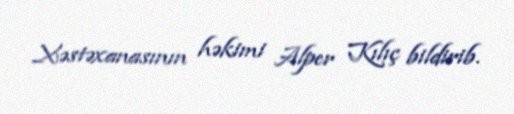
Xəstəxanasının həkimi Alper Kılıç bildirib.